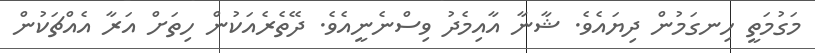
މަގުމަތީ ހިނގަމުން ދިޔައެވެ. ޝާނާ އާއިމެދު ވިސްނެނީއެވެ. ދޭތެރެއަކުން ހިތަށް އަރާ އެއްޗަކުން